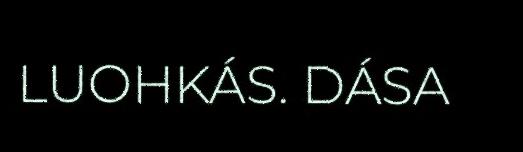
LUOHKÁS. DÁSA